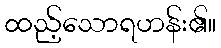
ထည့်သောရဟန်း၏။